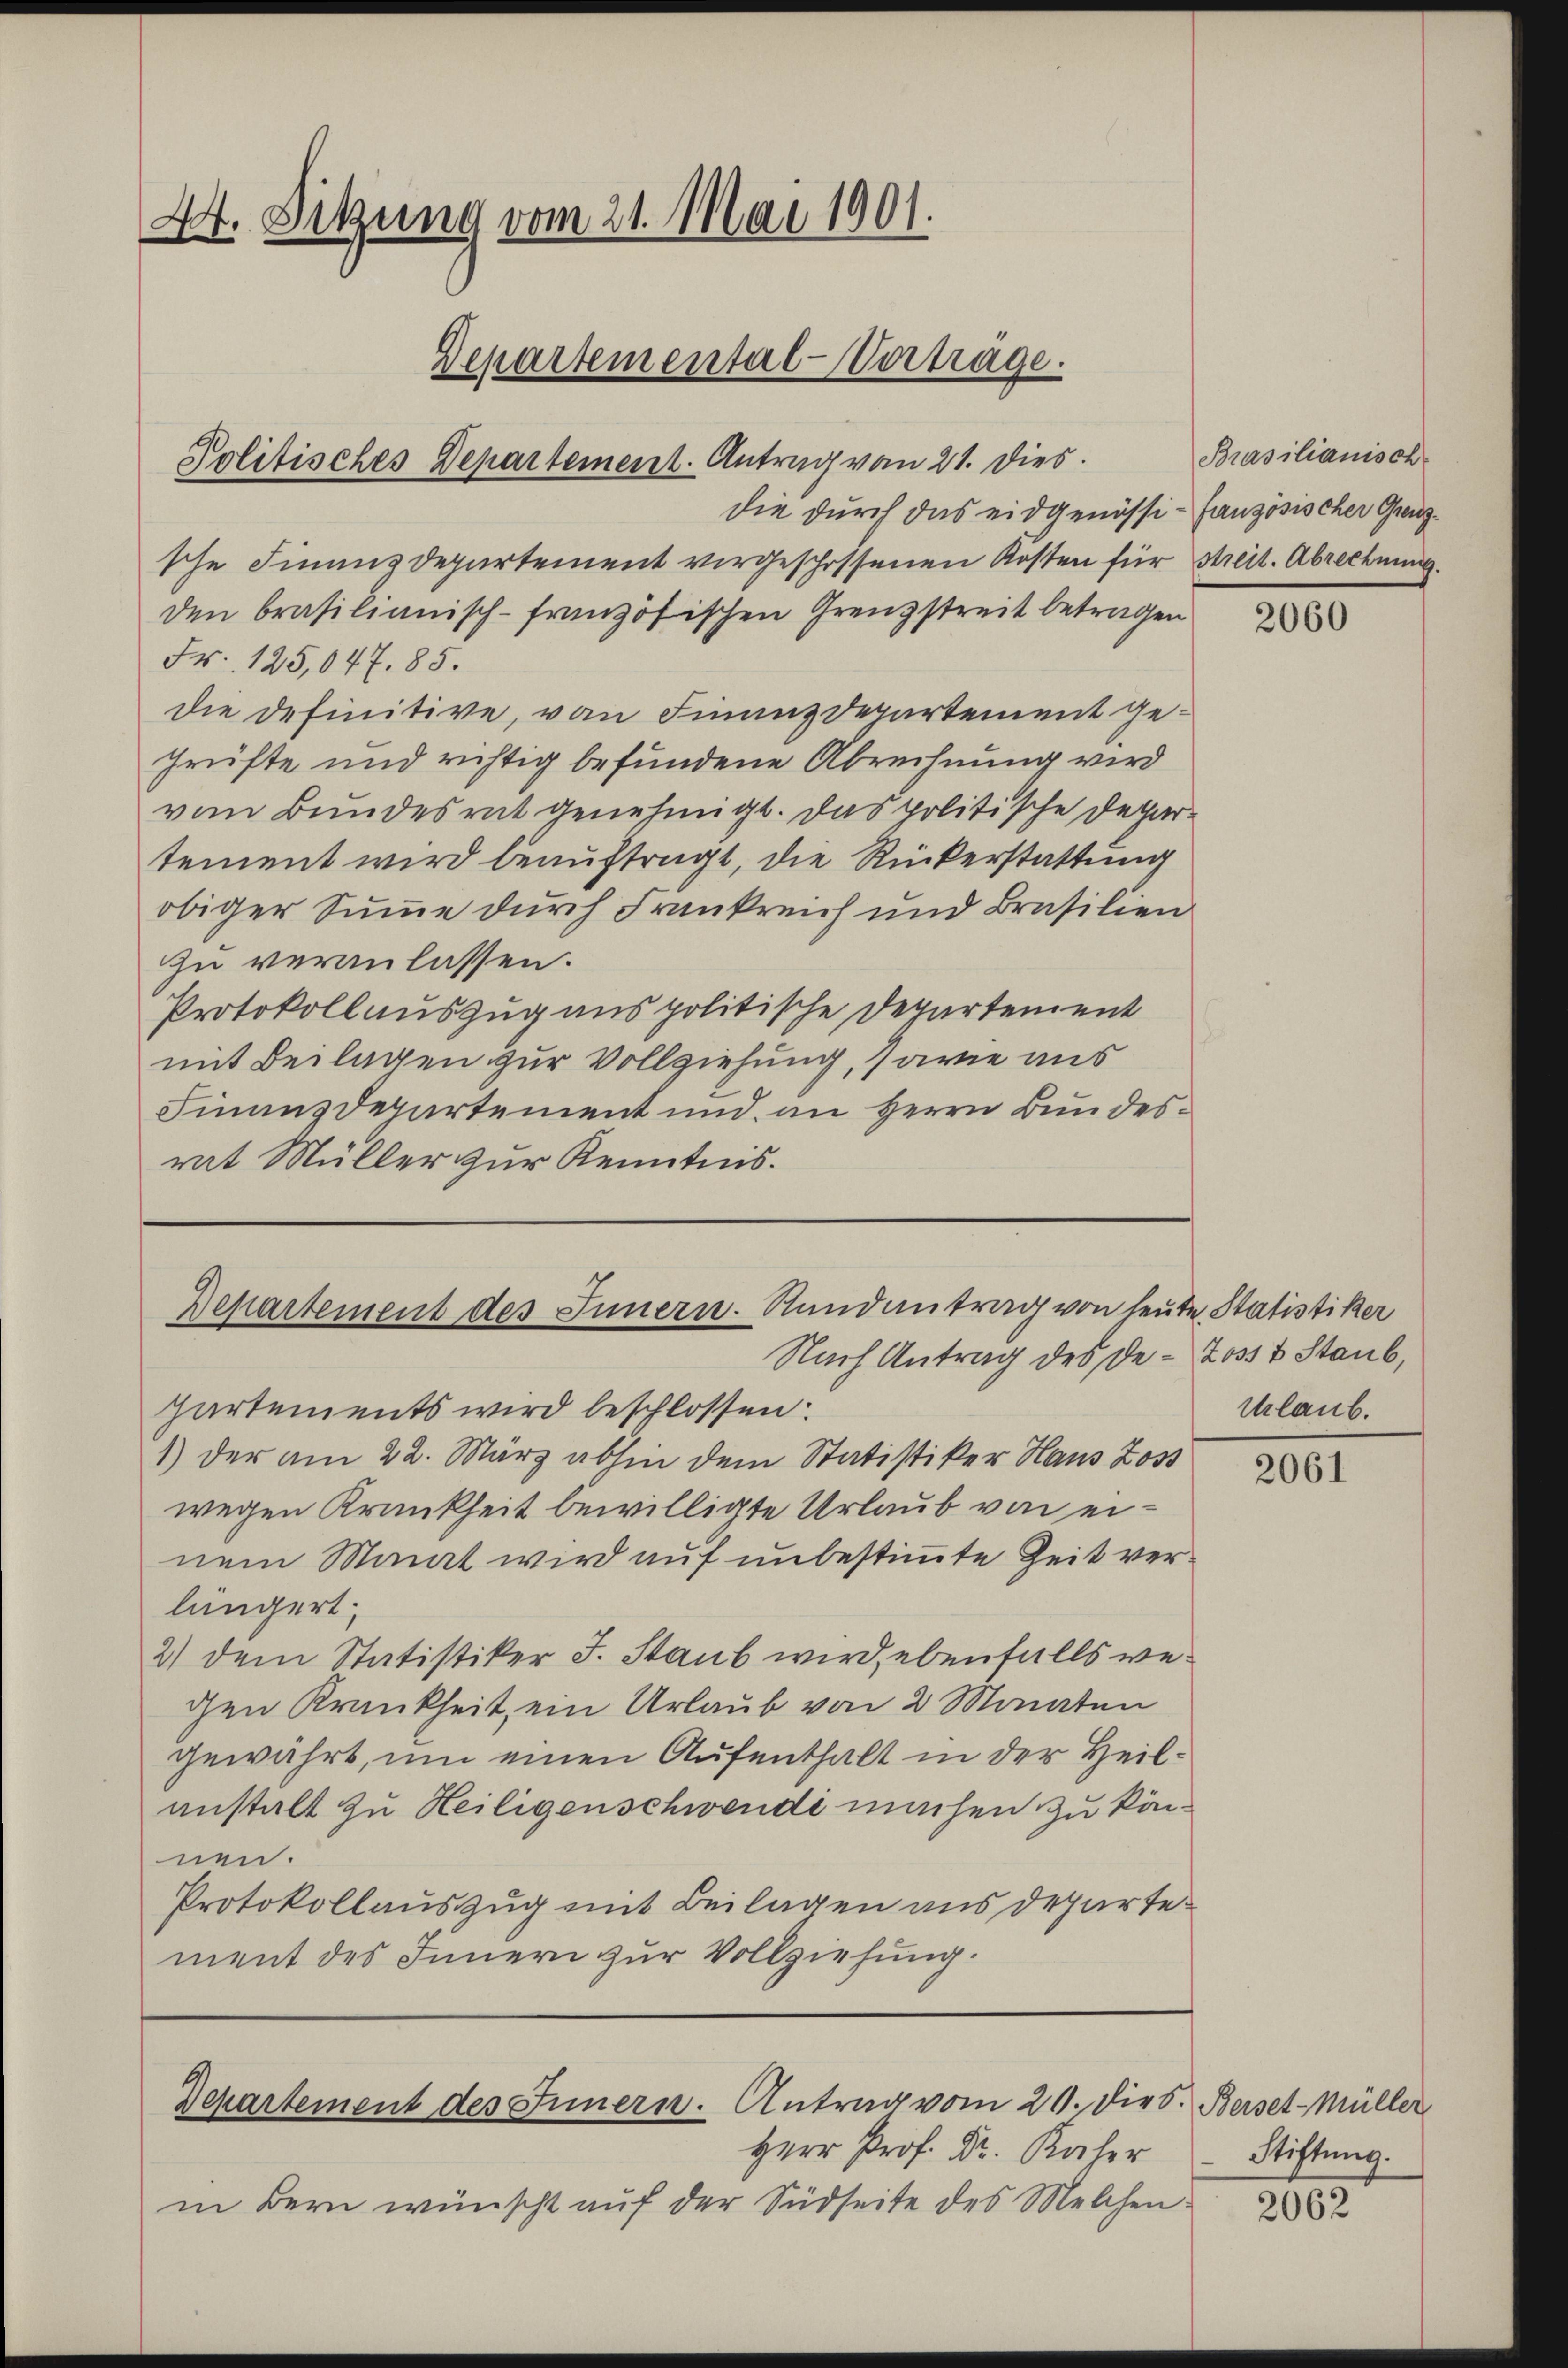
44. Sitzung vom 21. Mai 1901.
Departemental-Vertrage.
Politisches Departement. Antrag vom 21. Dies

die durch das eidgenössi- fanzösischer Grenzsche Finanzdepartement vergeschossenen Kosten für Streit. Abrechnung.
den brasilianisch-französischen Grenzstreit betragen
Fr. 125,047. 85.
die definitive, von Finanzdepartement geprüfte und richtig befundene Abrechnung wird
vom Bundesrat genehmigt. Das politische Departement wird beauftragt, die Rückerstattung
obiger Summe durch Frankreich und Brasilien
zu veranlassen.
Protokollauszug aus politische Departement
mit Beilagen zur Vollziehung, sowie aus
Finanzdepartement und an Herrn Bundesrat Müller zur Kenntnis.

Departement des Innern. Randantrag von heute Statistiker

Departement des Innern. Antrag vom 20. Diers. Berset-Müller

Herr Dr. Kaser
in Bern wünscht aŭf der Südseite des Melchen:

Nach Antrag des De- Jost Staub,
partements wird beschlossen:
1) der am 22. März abhin dem Statistiker Haus Zoss
wegen Krankheit bewilligte Urlaub von einem Monat wird auf unbestimmte Zeit verlängert;
2) dem Statistiker J. Staub wird, ebenfalls wegen Krankheit, ein Urlaub von 2 Monaten
gewährt, um einen Aufenthalt in der Heilanstalt zu Heiligenschwendi machen zu können.
Protokollauszug mit Beilagen aus departement des Innern zur Vollziehung.

Brasilianisch-

2060

Urlaub.

2061

Stiftung.

2062